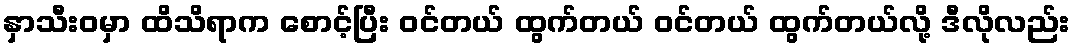
နှာသီးဝမှာ ထိသိရာက စောင့်ပြီး ဝင်တယ် ထွက်တယ် ဝင်တယ် ထွက်တယ်လို့ ဒီလိုလည်း